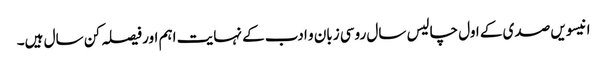
انیسویں صدی کے اول چالیس سال روسی زبان و ادب کے نہایت اہم اور فیصلہ کن سال ہیں۔